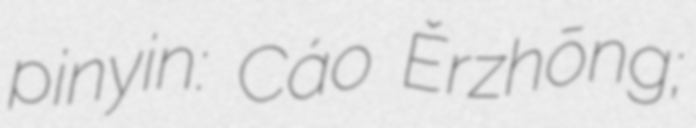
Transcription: pinyin: Cáo Ěrzhōng;